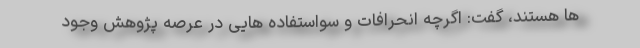
ها هستند، گفت: اگرچه انحرافات و سواستفاده هایی در عرصه پژوهش وجود